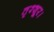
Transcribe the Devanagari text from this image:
तृश्शूर।